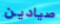
صيادين